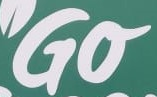
Go